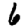
Digit: 6